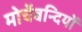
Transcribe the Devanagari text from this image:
मोर्चेबन्दियों